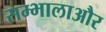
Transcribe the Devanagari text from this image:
सम्भालाऔर